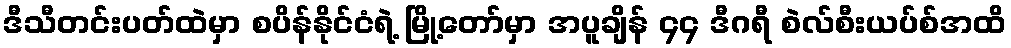
ဒီသီတင်းပတ်ထဲမှာ စပိန်နိုင်ငံရဲ့ မြို့တော်မှာ အပူချိန် ၄၄ ဒီဂရီ စဲလ်စီးယပ်စ်အထိ